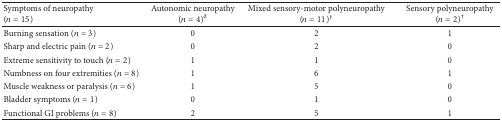
<table><thead><tr><td><b>Symptoms of neuropathy (<i>n</i> = 15)</b></td><td><b>Autonomic neuropathy (<i>n</i> = 4)<sup><i>δ</i></sup></b></td><td><b>Mixed sensory-motor polyneuropathy (<i>n</i> = 11)<sup><i>γ</i></sup></b></td><td><b>Sensory polyneuropathy (<i>n</i> = 2)<sup>†</sup></b></td></tr></thead><tbody><tr><td>Burning sensation (<i>n</i> = 3)</td><td>0</td><td>2</td><td>1</td></tr><tr><td>Sharp and electric pain (<i>n</i> = 2)</td><td>0</td><td>2</td><td>0</td></tr><tr><td>Extreme sensitivity to touch (<i>n</i> = 2)</td><td>1</td><td>1</td><td>0</td></tr><tr><td>Numbness on four extremities (<i>n</i> = 8)</td><td>1</td><td>6</td><td>1</td></tr><tr><td>Muscle weakness or paralysis (<i>n</i> = 6)</td><td>1</td><td>5</td><td>0</td></tr><tr><td>Bladder symptoms (<i>n</i> = 1)</td><td>0</td><td>1</td><td>0</td></tr><tr><td>Functional GI problems (<i>n</i> = 8)</td><td>2</td><td>5</td><td>1</td></tr></tbody></table>